65_HS1-834228961_62-HQ-83894_Section_2
Agency: FBI
Page 90
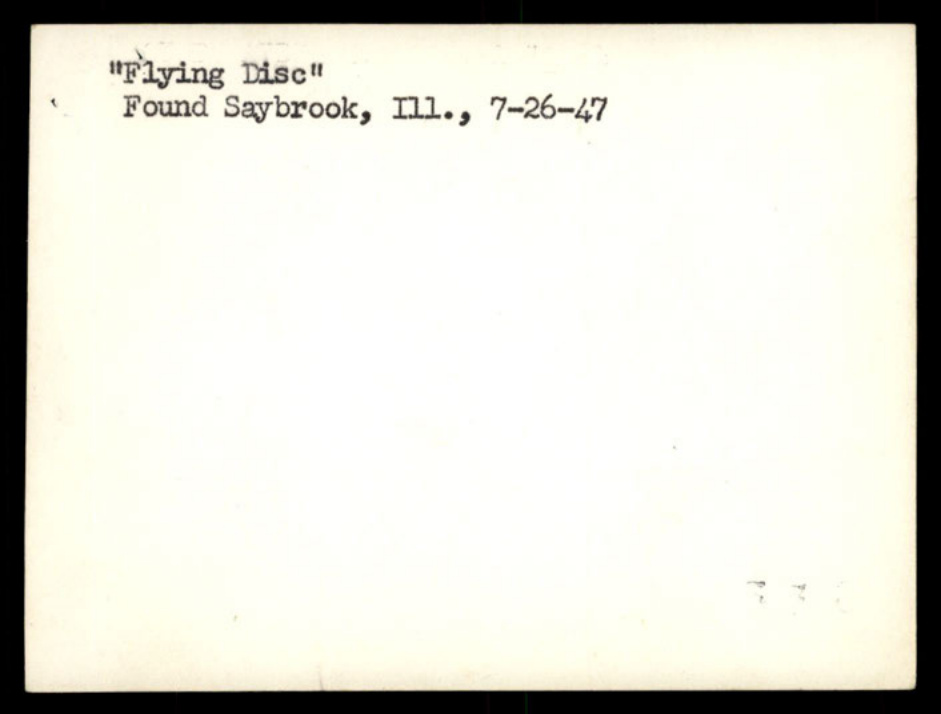